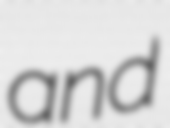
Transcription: and